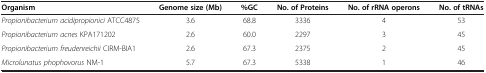
| Organism | Genome size (Mb) | %GC | No. of Proteins | No. of rRNA operons | No. of tRNAs |
 | --- | --- | --- | --- | --- | --- |
 | Propionibacterium acidipropionici ATCC4875 | 3.6 | 68.8 | 3336 | 4 | 53 |
 | Propionibacterium acnes KPA171202 | 2.6 | 60.0 | 2297 | 3 | 45 |
 | Propionibacterium freudenreichii CIRM-BIA1 | 2.6 | 67.3 | 2375 | 2 | 45 |
 | Microlunatus phophovorus NM-1 | 5.7 | 67.3 | 5338 | 1 | 46 |